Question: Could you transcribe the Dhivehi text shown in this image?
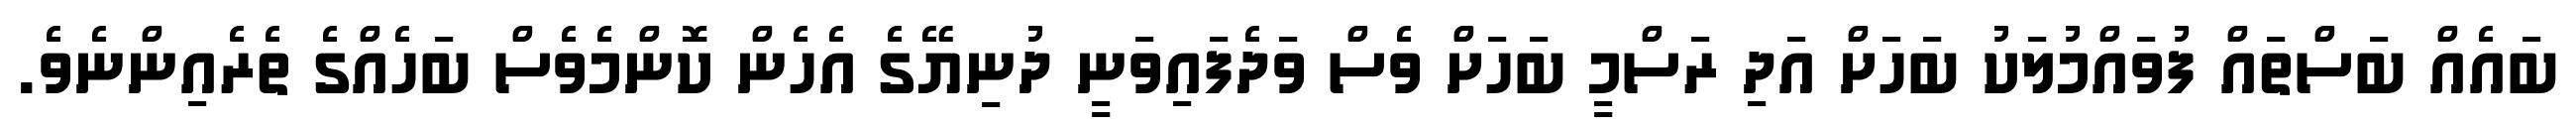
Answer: ބައެއް ބަސްތައް ފުވައްމުލަކު ބަހަށް އަދި ރަސްމީ ބަހަށް ވެސް ވަދެފައިވަނީ ދުނިޔޭގެ އެހެން ކޮންމެވެސް ބަހެއްގެ ތެރެއިންނެވެ.